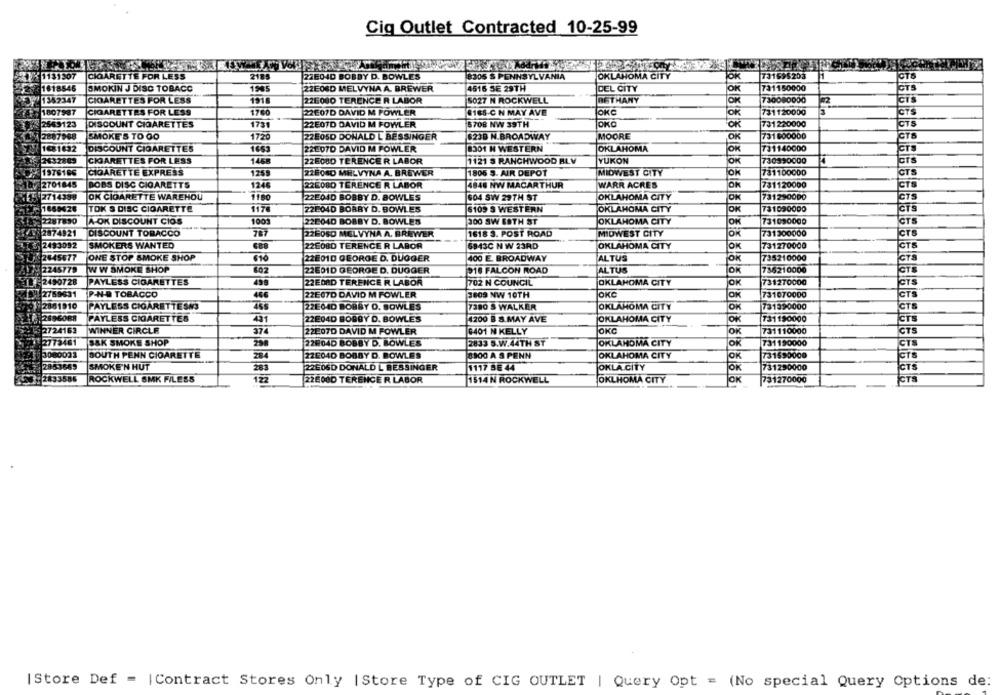
Cig Outlet Contracted 10-25-99
1131307
CIGARETTE FOR LESS
2185
22E04D BOBBY D. BOWLES
18305 $ PENNSYLVANIA
OKLAHOMA CITY
731695203
CTO
1618546
SMOKIN J DISC TOBACC
1985
22EOSD MELVYNA A. BREWER
4515 SE 29TH
DEL CITY
731150000
STS
2 1362347
CIGARETTES FOR LESS
1918
226080 TERENCE R LABOR
5027 N ROCKWELL
BETHANY
JOK
730080000
CI'S
#16S-C N MAY AVE
OKC
JOK
731120000
CTS
1807987
CIGARETTES FOR LESS
1760
22607D DAVID M FOWLER
2569123
DISCOUNT CIGARETTES
1731
22E07D DAVID M FOWLER
15708 NW 39TH
JOKO
OK
731220000
CTS
2887968
SMOKE'S TO GO
1720
22E05D DONALD L BESSINGER
623B N.BROADWAY
MOORE
OK
731 600000
CTR
1081632
DISCOUNT CIGARETTES
1663
221-07D DAVID M FOWLER
8301 H WESTERN
OKLAHOMA
OK
731140000
CTS
2432889
CIGARETTES FOR LESS
1458
22EOUD TERENCE R LABOR
1121 $ RANCHWOOD BLV
YUKON
730990000
CTS
1976186
CIGARETTE EXPRESS
125
228080 MELVYNA A. BREWER
1806 5. AIR DEPOT
MIDWEST CITY
OK
731100000
CTS
2701845
BOBS DISC CIGARETTS
1246
22E080 TERENCE R LABOR
4848 NW MACARTHUR
WARR ACRES
OK
731120000
CTS
2714388
JOK CIGARETTE WAREHOU
1180
22E04D BOBBY D. BOWLES
604 SW 29TH ST
OKLAHOMA CITY
OK
731290000
CTS
1650426
TOK S DISC CIGARETTE
1176
222040 BOBBY D. BOWLES
5109 S WESTERN
OKLAHOMA CITY
731090000
CT'S
OK
2287850
A-OK DISCOUNT CIOS
1001
22604D BOBBY D. BOWLES
300 SW ESTH ST
OKLAHOMA CITY
OH
731090000
2874921
DISCOUNT TOBACCO
70
22E06D MELVYNA A. BREWER
1618 3. POST ROAD
MIDWEST CITY
731300000
CTS
2493092
SMOKERS WANTED
22608D TERENCE R LABOR
5843C N W 23RD
OKLAHOMA CITY
731270000
CTS
2645677
ONE STOP SMOKE SHOP
400 E BROADWAY
ALTUS
735210000
GTS
610
22E01D GEORGE D. DUGGER
OK
2245779
WW SMOKE SHOP
602
22E01D GEORGE D. DUGGER
918 FALCON ROAD
ALTUS
736210000
JOK
2490728
PAYLESS CIGARETTES
499
22EDAD TERENCE R LABOR
702 N COUNCIL
OKLAHOMA CITY
OK
731270000
CTS
2789631
P-NO TOBACCO
22E07D DAVID M FOWLER
3609 NW 10TH
OKO
JON
731070000
CTS
2861910
PAYLESS CIGARETTESNS
22E64D BOBBY O. BOWLES
7380 S WALKER
OKLAHOMA CITY
CTS
JOK
731390000
2696088
PAYLESS CIGARETTES
431
22E04D BOBBY D. BOWLES
4200 B S.MAY AVE
OKLAHOMA CITY
JOK
731190000
CTS
2724163
WINNER CIRCLE
374
22E07D DAVID M FOWLER
3401 N KELLY
OKC
JOK
731110000
CTS
2773481
S&K SMOKE SHOP
22004D BOBBY D. BOWLES
2833 5.W.44TH ST
OKLAHOMA CITY
OK
731190000
3080033
SOUTH PENN CIGARETTE
284
22E04D BOBBY D. BOWLES
8300 A S PENN
OKLAHOMA CITY
OK
731590000
2853665
SMOKE'N HUT
283
226060 DONALD L BESSINGER
1117 SE 44
OKLA CITY
JOK
731290000
CTS
2: 2833586
ROCKWELL SMK FILESS
122
22E08D TERENCE R. LABOR
1514 N ROCKWELL
OKLHOMA CITY
OK
731270000
CTS
| Store Def = | Contract Stores Only | Store Type of CIG OUTLET | Query Opt = (No special Query Options de: